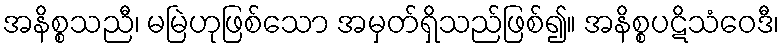
အနိစ္စသညီ၊ မမြဲဟုဖြစ်သော အမှတ်ရှိသည်ဖြစ်၍။ အနိစ္စပဋိသံဝေဒီ၊